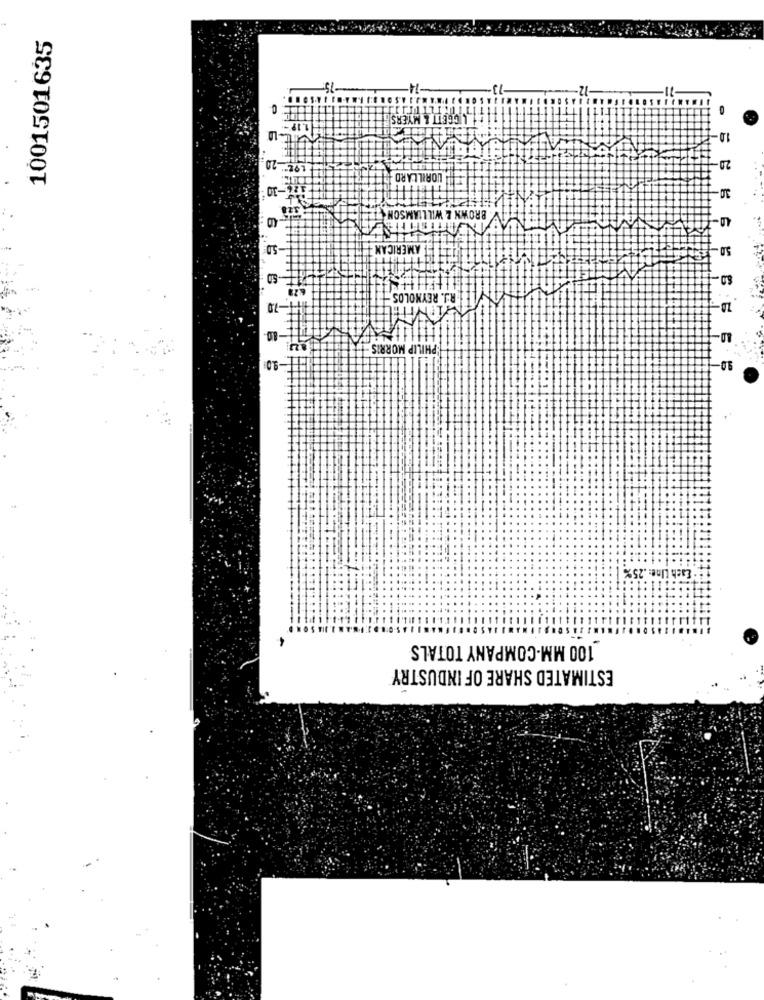
1001501635
C
1.19-
1.0-
20
..
-20
LORILLARD
-10
BROWN & WILLIAMSON 11
-50
EF AMERICAN T
5.0
R:J. REYNOLDS
-7.0
-8.0.
PHILIP MORRIS
-9.0
1.0-
.4
Each Line: . 25%
100 MM-COMPANY TOTALS
ESTIMATED SHARE OF INDUSTRY